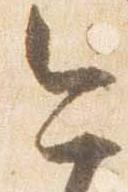
今